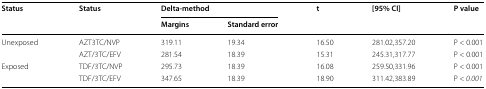
| <ROWSPAN=2> Status | <ROWSPAN=2> Status | <COLSPAN=2> Delta-method | <ROWSPAN=2> t | <ROWSPAN=2> [95% CI] | <ROWSPAN=2> P value |
 | Margins | Standard error |
 | --- | --- | --- | --- | --- | --- | --- |
 | <ROWSPAN=2> Unexposed | AZT3TC/NVP | 319.11 | 19.34 | 16.50 | 281.02,357.20 | P < 0.001 |
 | AZT/3TC/EFV | 281.54 | 18.39 | 15.31 | 245.31,317.77 | P < 0.001 |
 | <ROWSPAN=2> Exposed | TDF/3TC/NVP | 295.73 | 18.39 | 16.08 | 259.50,331.96 | P < 0.001 |
 | TDF/3TC/EFV | 347.65 | 18.39 | 18.90 | 311.42,383.89 | P < 0.001 |